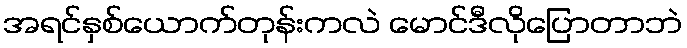
အရင်နှစ်ယောက်တုန်းကလဲ မောင်ဒီလိုပြောတာဘဲ